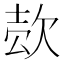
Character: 𰙍